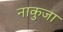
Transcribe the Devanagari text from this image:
नाकुजा